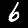
Label: 6